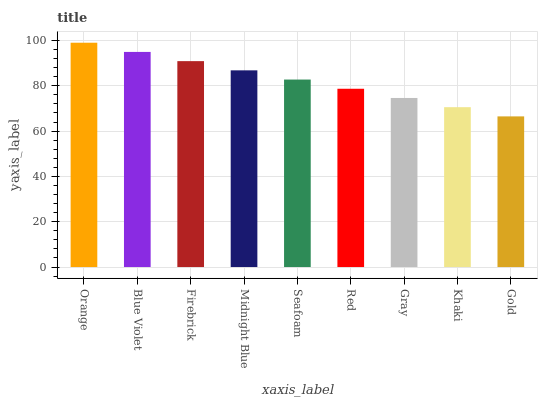
| xaxis_label | bars |
 | --- | --- |
 | Orange | 99 |
 | Blue Violet | 94.9 |
 | Firebrick | 90.9 |
 | Midnight Blue | 86.8 |
 | Seafoam | 82.7 |
 | Red | 78.7 |
 | Gray | 74.6 |
 | Khaki | 70.6 |
 | Gold | 66.5 |